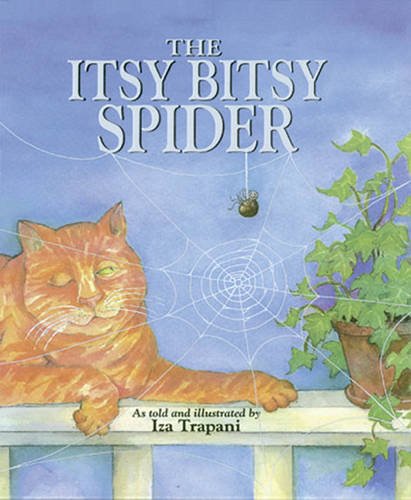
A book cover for The Itsy Bitsy Spider; Iza Trapani; Children's Books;